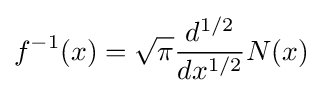
f^{-1}(x)={\sqrt {\pi }}{\frac {d^{1/2}}{dx^{1/2}}}N(x)